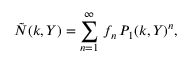
{ \tilde { N } } ( k , Y ) = \sum _ { n = 1 } ^ { \infty } \, f _ { n } \, P _ { 1 } ( k , Y ) ^ { n } ,